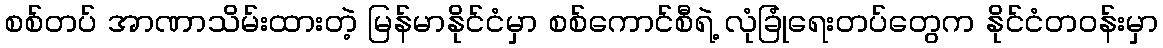
စစ်တပ် အာဏာသိမ်းထားတဲ့ မြန်မာနိုင်ငံမှာ စစ်ကောင်စီရဲ့ လုံခြုံရေးတပ်တွေက နိုင်ငံတဝန်းမှာ